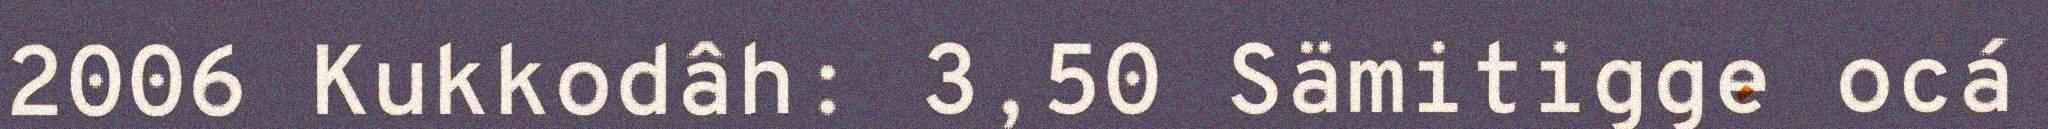
2006 Kukkodâh: 3,50 Sämitigge ocá